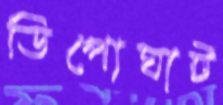
ডিপোঘাট